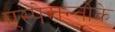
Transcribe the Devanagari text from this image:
एस्पेरान्तोके